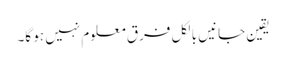
یقین جانیں بالکل فرق معلوم نہیں ہو گا۔